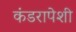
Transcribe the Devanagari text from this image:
कंडरापेशी